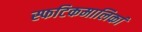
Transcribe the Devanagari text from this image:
स्फटिकमालिकां